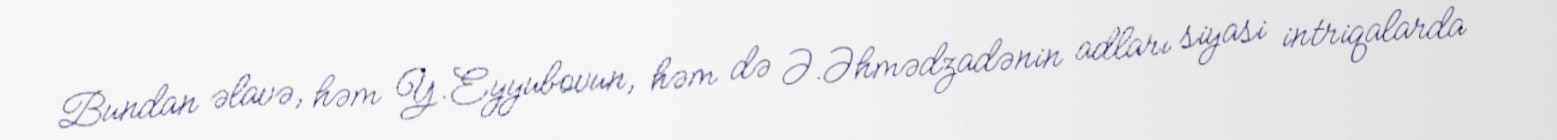
Bundan əlavə, həm Y.Eyyubovun, həm də Ə.Əhmədzadənin adları siyasi intriqalarda